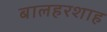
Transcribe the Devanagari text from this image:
बालहरशाह